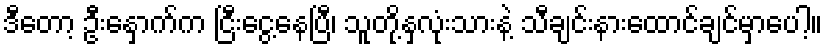
ဒီတော့ ဦးနှောက်က ငြီးငွေ့နေပြီ၊ သူတို့နှလုံးသားနဲ့ သီချင်းနားထောင်ချင်မှာပေါ့။